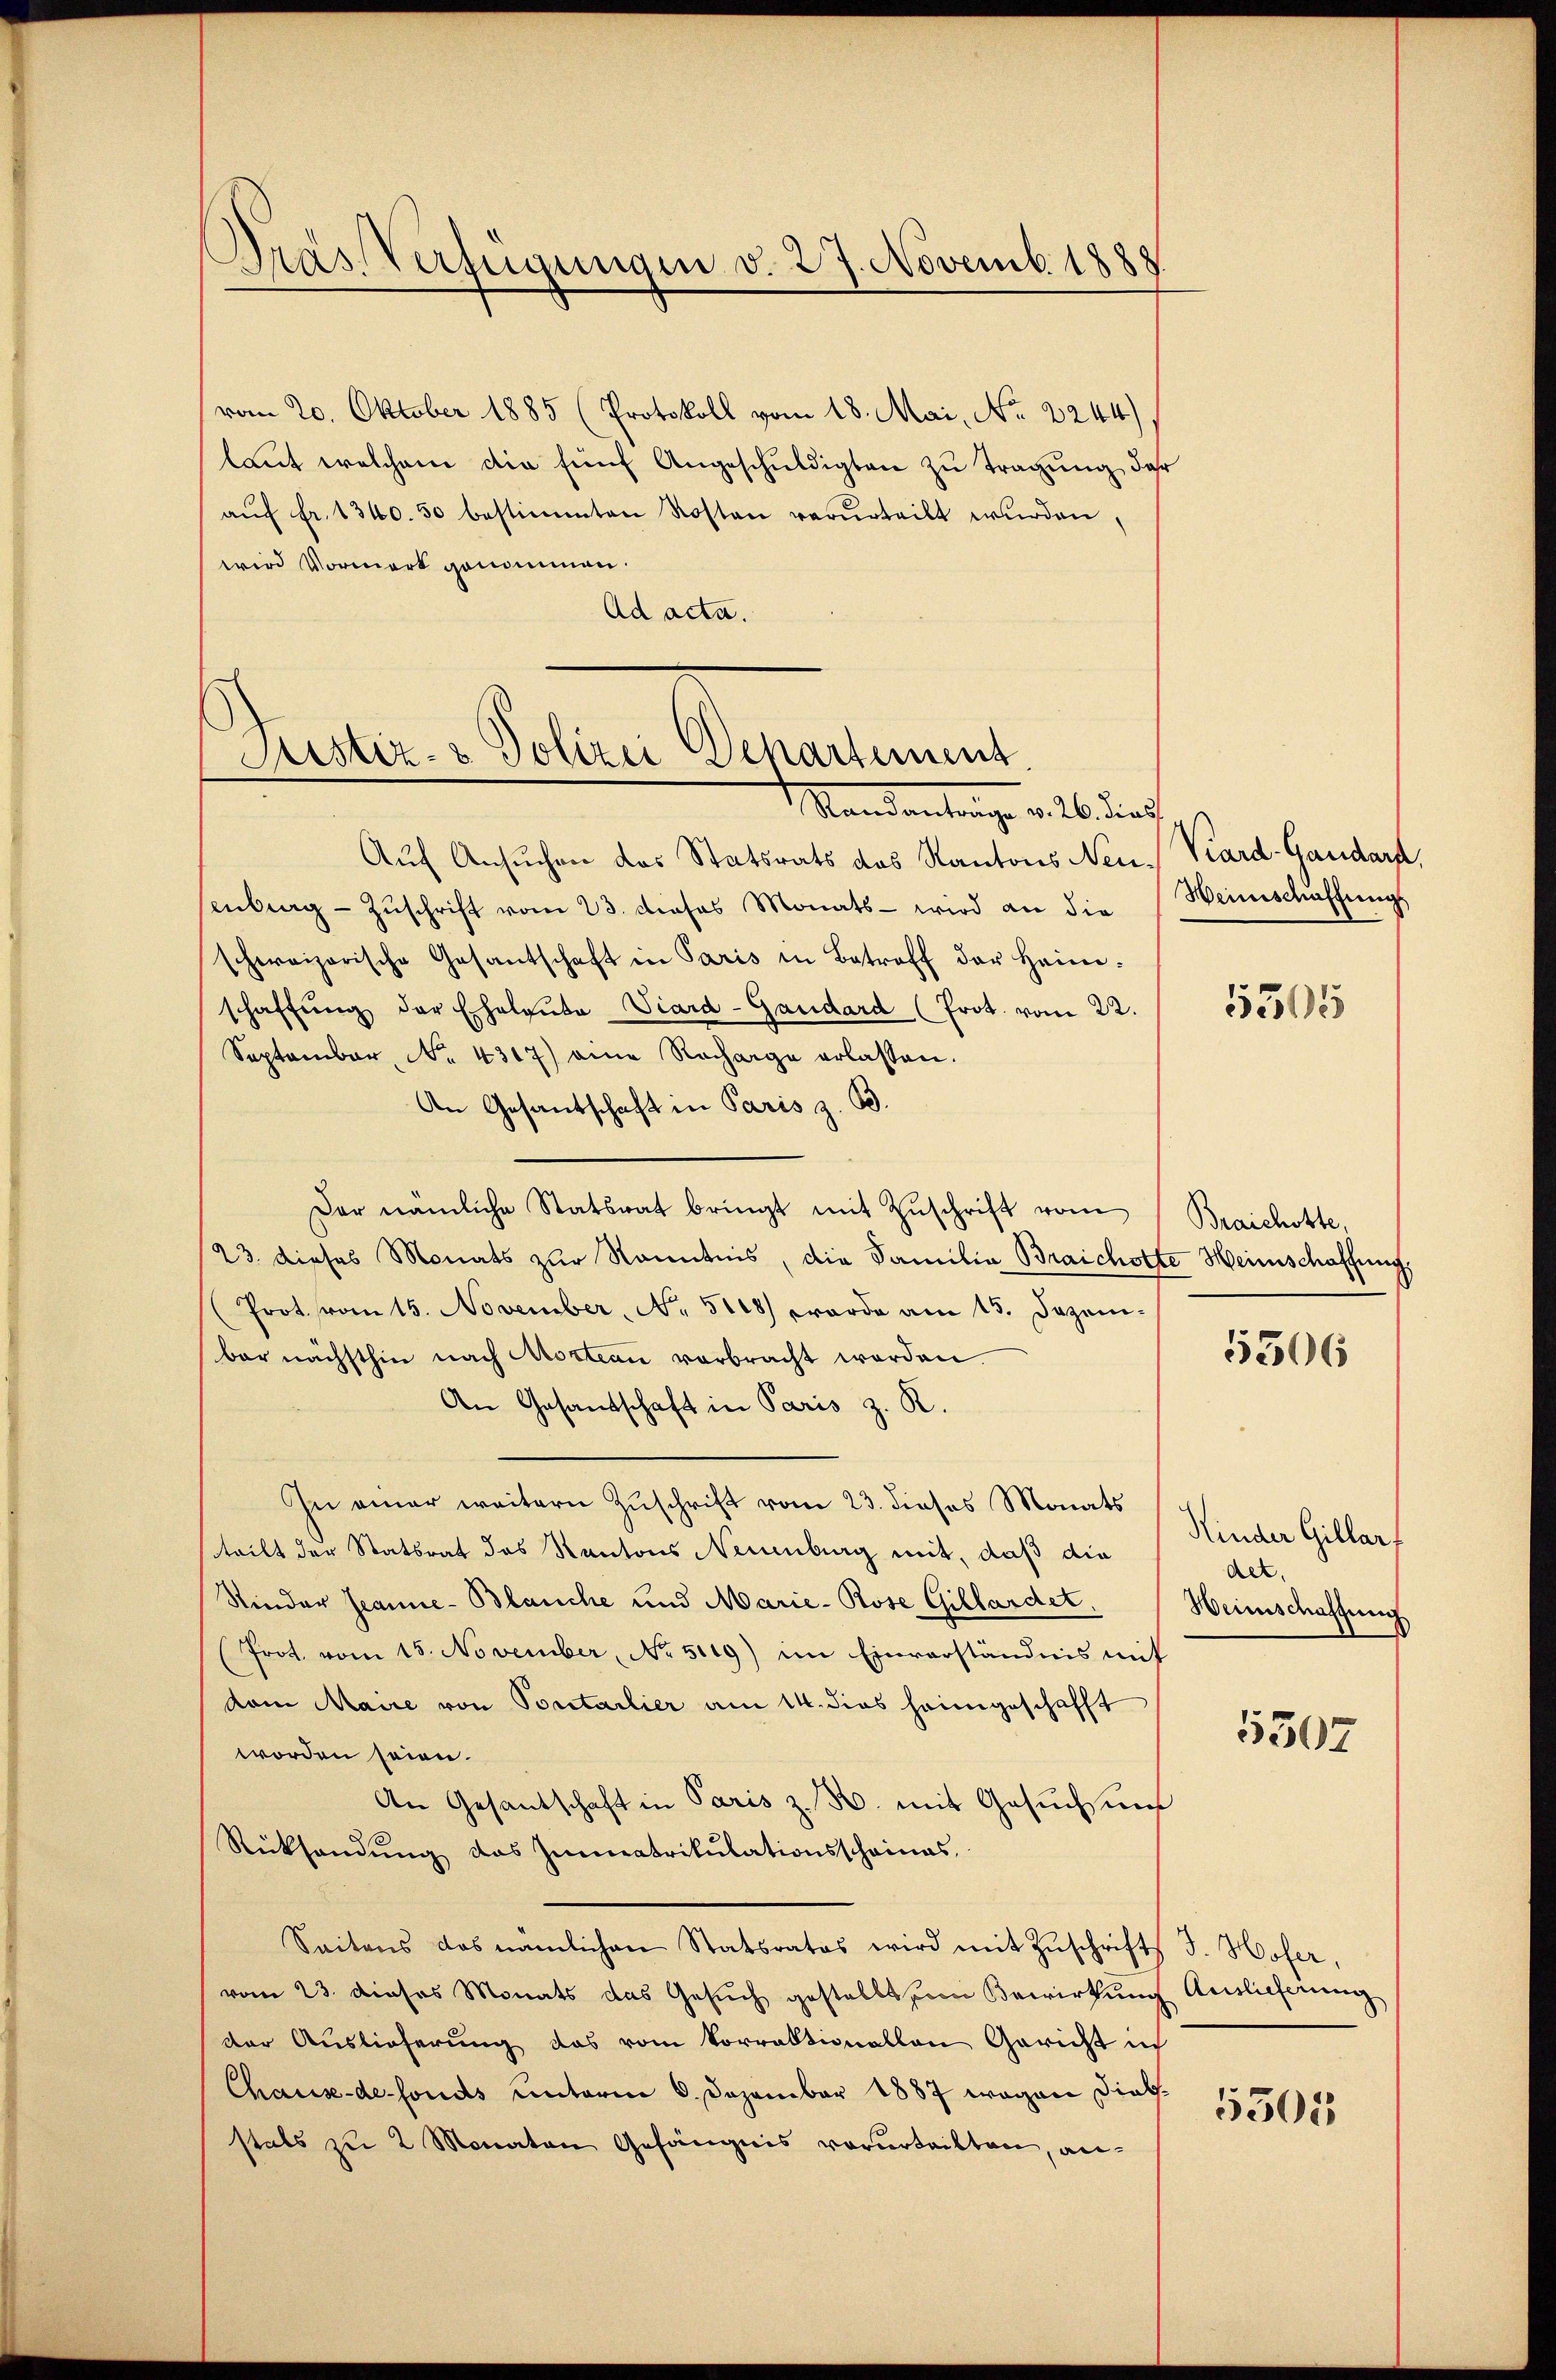
Pras Verfügungen v. 27. Novemb. 1888.

(vom 20. Oktober 1885 (Protokoll vom 18. Mai, No. 2244)
laut welchem die fünf Angeschuldigten zu tragung der
aŭf fr. 1340. 50 bestimmten Kosten verurteilt wurden,
wird Vormerk genommen.
Ad acta.

Justiz- & Polizei Departement

Mandantrage v. 26. dies
Auf Ansuchen das Statsrats des Kantons Neu. Kard-Gandarf,
senberg - Zuschrift vom 23. dieses Monats - wird an die
schweizerische Gasantschaft in Paris in Betroff der Heimschaffŭng der Eheleute Viard-Gaudard (Prot. vom 22.
September, No. 4317) eine Recharge erlassen.
An Gesantschaft in Paris z. B.
Der nämliche Statsrat bringt mit Zŭschrift vom Braichotte,
23. dieses Monats zur Kenntnis, die Familia Braichotte Heinschaffung
(Prot vom 15. November, No. 5108) wurde am 15. Dezem-
bar nächsthin nach Mortian verbracht werden.
An Gesandschaft in Paris z. R.
In einer weitern Zuschrift vom 23. dieses Monats
teilt der Statsrat des Kantons Neuenburg mit, daß die
Kinder Jeanne-Blanche und Marie-Rose Gillardet,
(Prot. vom 15. November, No. 5119) im Einverständnis mit
dom Maire von Sontalier am 14. dies heimgeschafft
worden seien.
An Gesantschaft in Paris z. B. mit Gesuchsunf
Rücksendŭng das Immatrikulationsscheines,
Seitens das nämlichen Statsrates wird mit Zŭschrifts J. Hofer,
vom 23. dieses Monats das Gesuch gestellt sein Bewirkung Auslieferung
der Auslieferung das vom Vorraktionallen Gericht in
Chaus-defonds unterm 6. Dezember 1887 wegen Dielsstals zu 2 Monaten Gefängnis verurteilten, an¬

Weinschaffungs

5305

5506

Kinder Gillar
det.
Weinschaftung

5307

5501